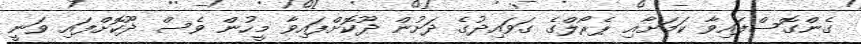
ގެންގޮސްފައިވާ ކަމަށާއި ޕެރޯލްގެ ގަވައިދުގެ ދަށުން ދޫކޮށްފައިވާ މީހުން ވެސް ދޫކޮށްފައި ވަނީ